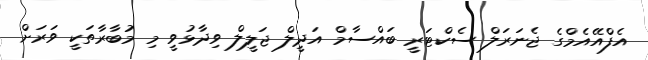
އެފްއޭއެމްގެ ޖެނަރަލް ސެކްޓަރީ ބައްސާމް އަދީލް ޖަލީލް ވިދާޅުވީ މި މުބާރާތަކީ ވަރަށް